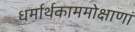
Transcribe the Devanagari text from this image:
धर्मार्थकाममोक्षाणां